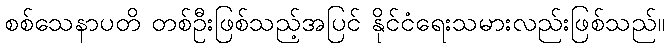
စစ်သေနာပတိ တစ်ဦးဖြစ်သည့်အပြင် နိုင်ငံရေးသမားလည်းဖြစ်သည်။